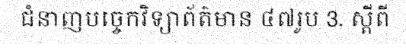
ជំនាញបច្ចេកវិទ្យាព័ត៌មាន ៤៧រូប 3. ស្តីពី